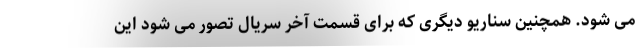
می شود. همچنین سناریو دیگری که برای قسمت آخر سریال تصور می شود این